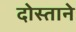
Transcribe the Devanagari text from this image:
दोस्ताने